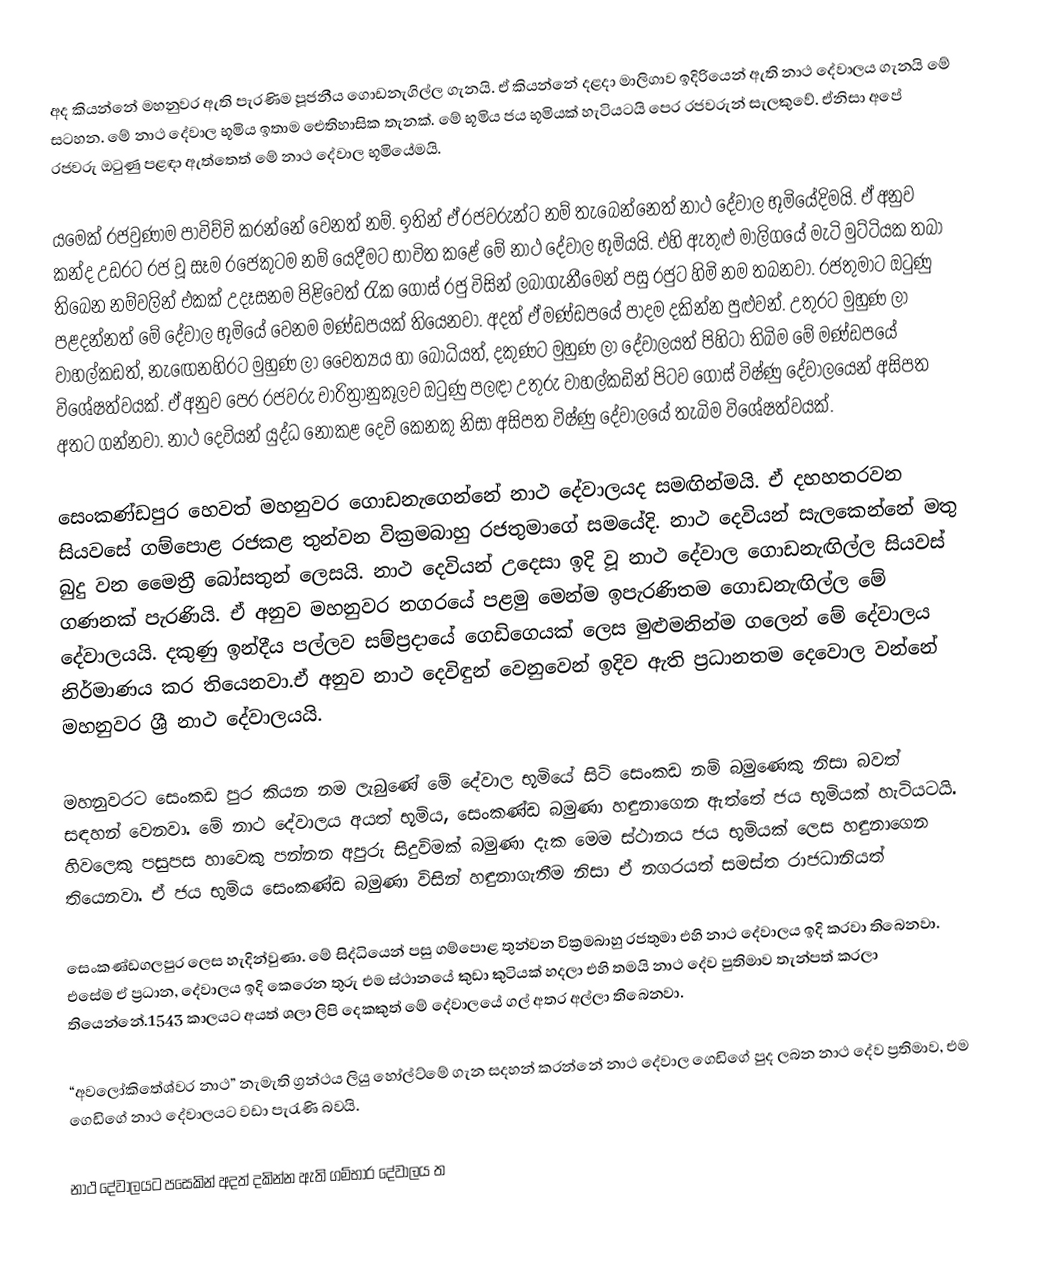
අද කියන්නේ මහනුවර ඇති පැරණිම පූජනීය ගොඩනැගිල්ල ගැනයි. ඒ කියන්නේ දළදා මාලිගාව ඉදිරියෙන් ඇති නාථ දේවාලය ගැනයි මේ සටහන. මේ නාථ දේවාල භූමිය ඉතාම ඓතිහාසික තැනක්. මේ භූමිය ජය භූමියක් හැටියටයි පෙර රජවරුන් සැලකුවේ. ඒනිසා අපේ රජවරු ඔටුණු පළඳා ඇත්තෙත් මේ නාථ දේවාල භූමියේමයි.

යමෙක් රජවුණාම පාවිච්චි කරන්නේ වෙනත් නම්. ඉතින් ඒ රජවරුන්ට නම් තැබෙන්නෙත් නාථ දේවාල භූමියේදිමයි. ඒ අනුව කන්ද උඩ­රට රජ වූ සෑම රජෙ­කුටම නම් යෙදී­මට භාවිත කළේ මේ නාථ දේවාල භූමි­යයි. එහි ඇතුළු මාලි­ගයේ මැටි මුට්ටි­යක තබා තිබෙන නම්ව­ලින් එකක් උදෑ­ස­නම පිළි­වෙත් රැක ගොස් රජු විසින් ලබා­ගැ­නී­මෙන් පසු රජුට හිමි නම තබනවා. රජතුමාට ඔටුණු පළදන්නත් මේ දේවාල භූමියේ වෙනම මණ්ඩපයක් තියෙනවා. අදත් ඒ මණ්ඩපයේ පාදම දකින්න පුළුවන්. උතු­රට මුහුණ ලා වාහ­ල්ක­ඩත්, නැ‍ඟෙන­හි­රට මුහුණ ලා චෛත්‍යය හා බෝධි­යත්, දකු­ණට මුහුණ ලා දේවා­ල­යත් පිහිටා තිබිම මේ මණ්ඩපයේ විශේෂත්වයක්. ඒ අනුව පෙර රජ­වරු චාරි­ත්‍රා­නු­කූ­ලව ඔටුණු පලඳා උතුරු වාහ­ල්ක­ඩින් පිටව ගොස් විෂ්ණු දේවා­ල­යෙන් අසි­පත අතට ගන්නවා. නාථ දෙවි­යන් යුද්ධ නොකළ දෙවි කෙනකු නිසා අසි­පත විෂ්ණු දේවා­ලයේ තැබිම විශේෂත්වයක්.

සෙංක­ණ්ඩ­පුර හෙවත් මහ­නු­වර ගොඩ­නැ­ගෙ­න්නේ නාථ දේවා­ල­යද සම­ඟින්මයි. ඒ දහහතරවන සියවසේ ගම්පොළ රජකළ තුන්වන වික්‍රමබාහු රජතුමාගේ සමයේදි. නාථ දෙවියන් සැලකෙන්නේ මතු බුදු වන මෛත්‍රී බෝස­තුන් ලෙසයි. නාථ දෙවි­යන් උදෙසා ඉදි වූ නාථ දේවාල ගොඩ­නැ­ඟිල්ල සියවස් ගණනක් පැරණියි. ඒ අනුව මහ­නු­වර නග­රයේ පළමු මෙන්ම ඉපැ­ර­ණි­තම ගොඩ­නැ­ඟිල්ල මේ දේවාලයයි. දකුණු ඉන්දීය පල්ලව සම්ප්‍ර­දායේ ගෙඩි­ගෙ­යක් ලෙස මුළු­ම­නින්ම ගලෙන් මේ දේවාලය නිර්මාණය කර තියෙනවා.ඒ අනුව නාථ දෙවි­ඳුන් වෙනු­වෙන් ඉදිව ඇති ප්‍රධා­න­තම දෙවොල වන්නේ මහ­නු­වර ශ්‍රී නාථ දේවා­ල­යයි.

⁣මහනුවරට සෙංකඩ පුර කියන නම ලැබුණේ මේ දේවාල භූමියේ සිටි සෙංකඩ නම් බමුණෙකු නිසා බවත් සඳහන් වෙනවා. මේ නාථ දේවා­ලය අයත් භූමිය, සෙංකණ්ඩ බමුණා හඳු­නා­ගෙන ඇත්තේ ජය භූමි­යක් හැටියටයි. හිවලෙකු පසුපස හාවෙකු පන්නන අපුරු සිදුවිමක් බමුණා දැක මෙම ස්ථානය ජය භූමියක් ලෙස හඳුනාගෙන තියෙනවා. ඒ ජය භුමිය සෙංකණ්ඩ බමුණා විසින් හඳු­නා­ගැ­නීම නිසා ඒ නග­ර­යත් සමස්ත රාජ­ධා­නි­යත්

සෙංක­ණ්ඩ­ගලපුර ලෙස හැදින්වුණා. මේ සිද්ධියෙන් පසු ගම්පොළ තුන්වන වික්‍රමබාහු රජතුමා එහි නාථ දේවා­ලය ඉදි කරවා තිබෙනවා. එසේම ඒ ප්‍රධාන, දේවා­ලය ඉදි කෙරෙන තුරු එම ස්ථානයේ කුඩා කුටි­යක් හදලා එහි තමයි නාථ දේව පුතිමාව තැන්පත් කරලා තියෙන්නේ.1543 කාලයට අයත් ශලා ලිපි දෙකකුත් මේ දේවාලයේ ගල් අතර අල්ලා තිබෙනවා.

“අවලෝකිතේශ්වර නාථ” නැමැති ග්‍රන්ථය ලියු හෝල්ට්මේ ගැන සදහන් කරන්නේ නාථ දේවාල ගෙඩිගේ පුද ලබන නාථ දේව ප්‍රතිමාව, එම ගෙඩිගේ නාථ දේවාලයට වඩා පැරැණි බවයි.

නාථ දේවාලයට පසෙකින් අදත් දකින්න ඇති ගම්භාර දේවාලය ත